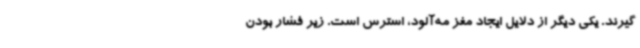
گیرند. یکی دیگر از دلایل ایجاد مغز مه‌آلود، استرس است. زیر فشار بودن